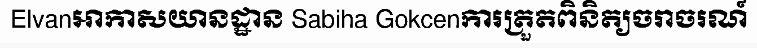
Elvanអាកាសយានដ្ឋាន Sabiha Gokcenការត្រួតពិនិត្យចរាចរណ៍